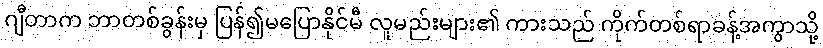
ဂျီတာက ဘာတစ်ခွန်းမှ ပြန်၍မပြောနိုင်မီ လူမည်းများ၏ ကားသည် ကိုက်တစ်ရာခန့်အကွာသို့